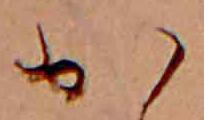
か